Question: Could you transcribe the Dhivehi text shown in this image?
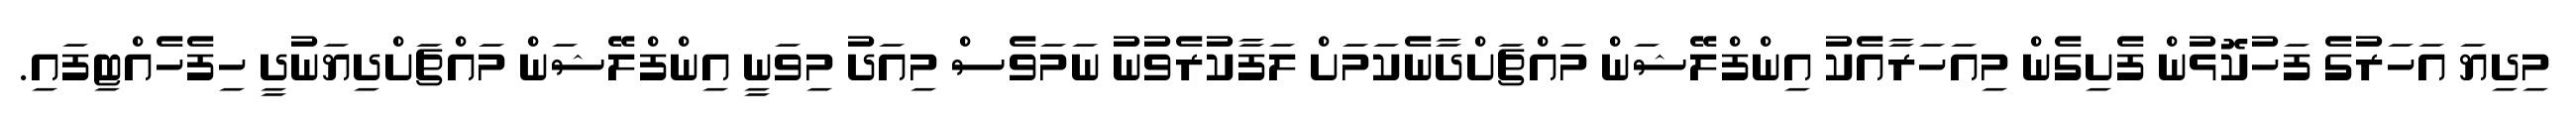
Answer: މިދިޔަ އަހަރުގެ ފަހުކޮޅުން ފެށިގެން މިއަހަރާއެކު އިންފްލޭޝަން މައްޗަށްދާނެކަމަށް ލަފާކުރެވުނު ނަމަވެސް މިއަދު މިވަނީ އިންފްލޭޝަން މައްޗަށްދިޔަނުދީ ހިފެހެއްޓިފައި.